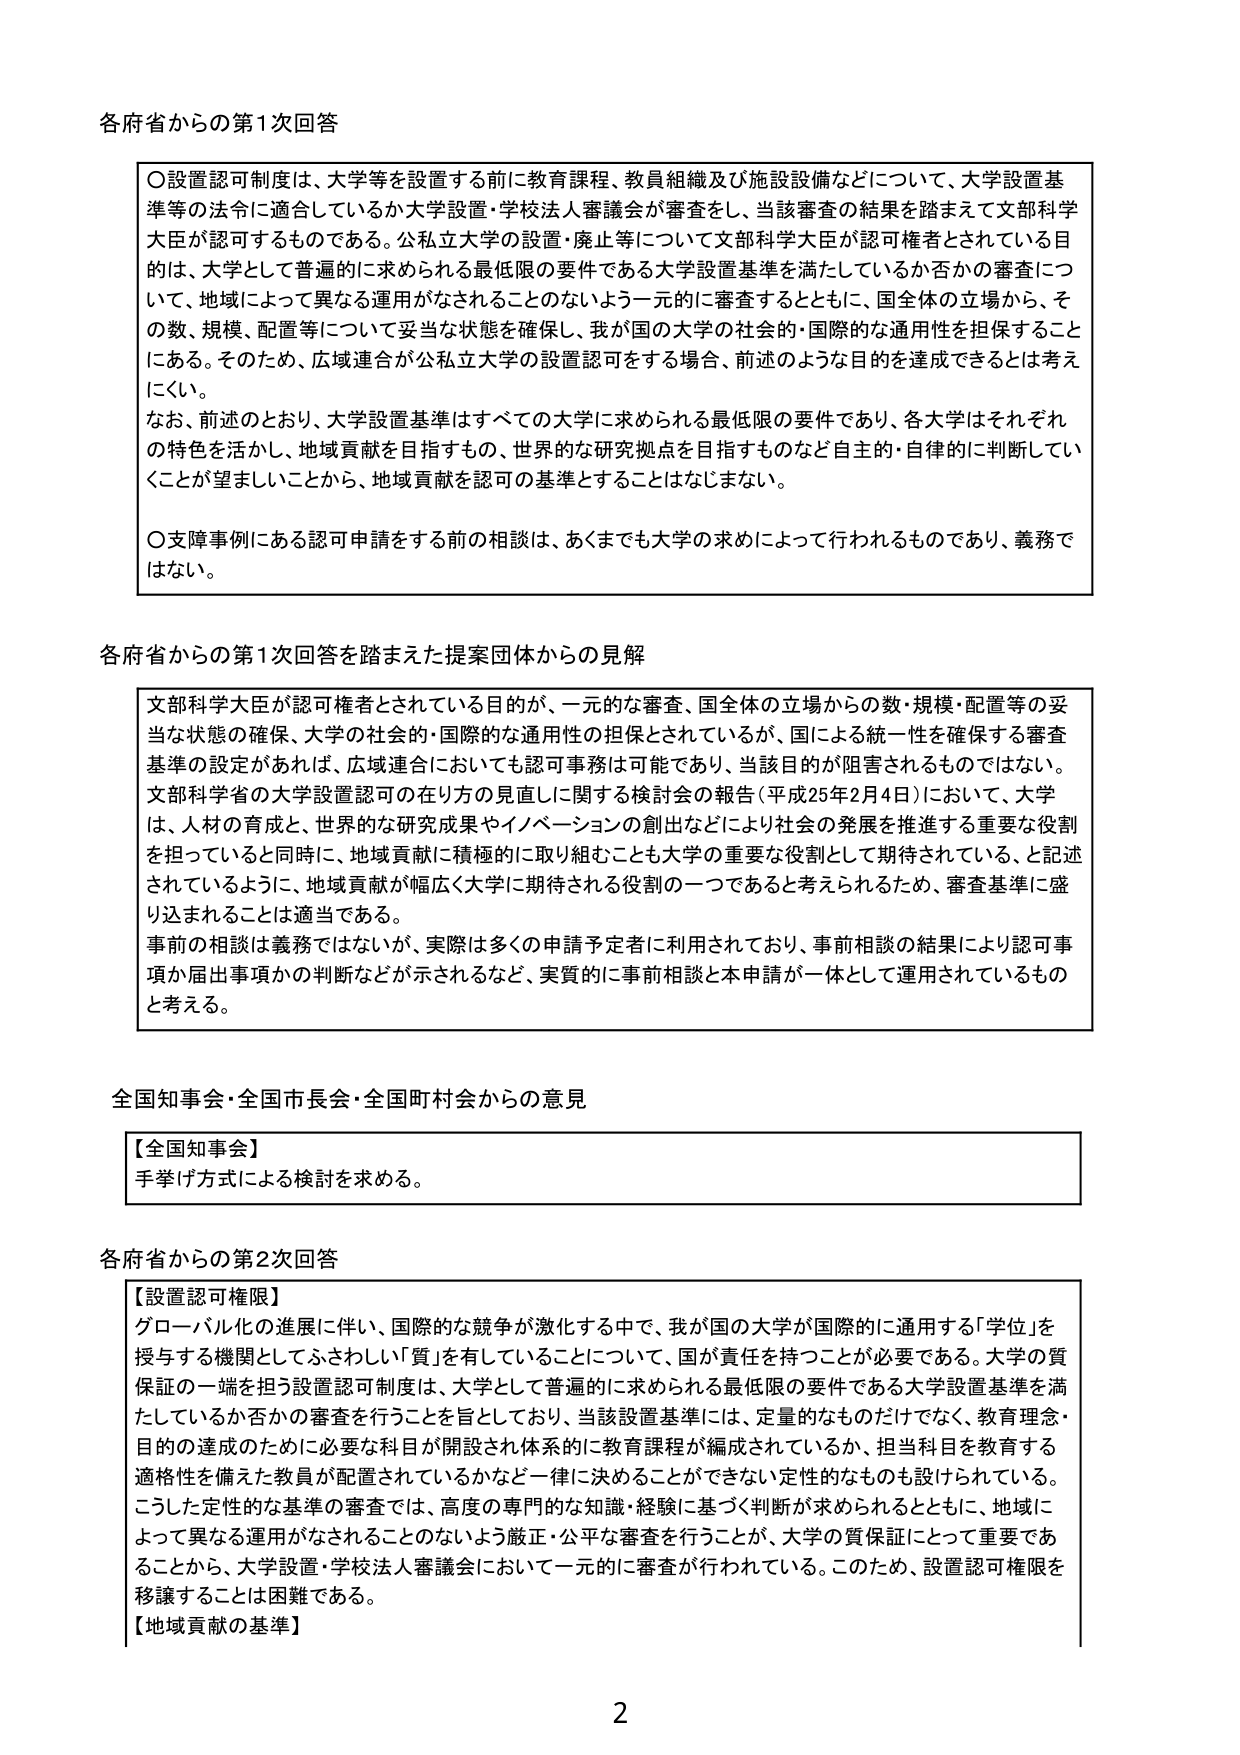
各府省からの第1次回答

〇設置認可制度は、大学等を設置する前に教育課程、教員組織及び施設設備などについて、大学設置基準等の法令に適合しているか大学設置・学校法人審議会が審査をし、当該審査の結果を踏まえて文部科学大臣が認可するものである。公私立大学の設置・廃止等について文部科学大臣が認可権者とされている目的は、大学として普遍的に求められる最低限の要件である大学設置基準を満たしているか否かの審査について、地域によって異なる運用がなされることのないよう一元的に審査するとともに、国全体の立場から、その数、規模、配置等について妥当な状態を確保し、我が国の大学の社会的・国際的な通用性を担保することにある。そのため、広域連合が公私立大学の設置認可をする場合、前述のような目的を達成できるとは考えにくい。

なお、前述のとおり、大学設置基準はすべての大学に求められる最低限の要件であり、各大学はそれぞれの特色を活かし、地域貢献を目指すもの、世界的な研究拠点を目指すものなど自主的・自律的に判断していくことが望ましいことから、地域貢献を認可の基準とすることはなじまない。

〇支援事例にある認可申請をする前の相談は、あくまでも大学の求めによって行われるものであり、義務ではない。

各府省からの第1次回答を踏まえた提案団体からの見解

文部科学大臣が認可権者とされている目的が、一元的な審査、国全体の立場からの数・規模・配置等の妥当な状態の確保、大学の社会的・国際的な通用性の担保とされているが、国による統一性を確保する審査基準の設定があれば、広域連合においても認可事務は可能であり、当該目的が阻害されるものではない。文部科学省の大学設置認可の在り方の見直しに関する検討会の報告（平成25年2月4日）において、大学は、人材の育成と、世界的な研究成果やイノベーションの創出などにより社会の発展を推進する重要な役割を担っていると同時に、地域貢献に積極的に取り組むことも大学の重要な役割として期待されている、と記述されているように、地域貢献が幅広く大学に期待される役割の一つであると考えられるため、審査基準に盛り込まれることは適当である。

事前の相談は義務ではないが、実際は多くの申請予定者に利用されており、事前相談の結果により認可事項か届出事項かの判断などが示されるなど、実質的に事前相談と本申請が一体として運用されているものと考える。

全国知事会・全国市長会・全国町村会からの意見

【全国知事会】
手挙げ方式による検討を求める。

各府省からの第2次回答

【設置認可権限】
グローバル化の進展に伴い、国際的な競争が激化する中で、我が国の大学が国際的に通用する「学位」を授与する機関としてふさわしい「質」を有していることについて、国が責任を持つことが必要である。大学の質保証の一端を担う設置認可制度は、大学として普遍的に求められる最低限の要件である大学設置基準を満たしているか否かの審査を行うことを旨としており、当該設置基準には、定量的なものだけでなく、教育理念・目的の達成のために必要な科目が開設され体系的に教育課程が編成されているか、担当科目を教育する適格性を備えた教員が配置されているかなど一律に決めることができない定性的なものも設けられている。こうした定性的な基準の審査では、高度の専門的な知識・経験に基づく判断が求められるとともに、地域によって異なる運用がなされることのないよう厳正・公平な審査を行うことが、大学の質保証にとって重要であることから、大学設置・学校法人審議会において一元的に審査が行われている。このため、設置認可権限を移譲することは困難である。

【地域貢献の基準】

2